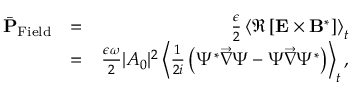
\begin{array} { r l r } { \bar { \bf P } _ { \mathrm { F i e l d } } } & { = } & { \frac { \epsilon } { 2 } \left\langle \Re \left[ { \bf E } \times { \bf B } ^ { * } \right] \right\rangle _ { t } } \\ & { = } & { \frac { \epsilon \omega } { 2 } | A _ { 0 } | ^ { 2 } \left\langle \frac { 1 } { 2 i } \left( \Psi ^ { * } \overrightarrow { \nabla } \Psi - \Psi \overrightarrow { \nabla } \Psi ^ { * } \right) \right\rangle _ { t } , } \end{array}